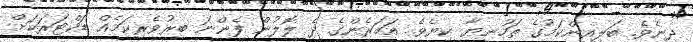
ދިނެވެ. ބަލިއިންކަމުގެ ތަހުނިޔާ ކިޔެވެ. އަހަރެންގެ ދެ ލޮލުން ފެންނަ ބިރުވެރިކަމެއް ޑަކްޓަރަކަށް